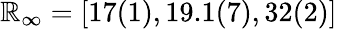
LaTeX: \mathbb{R}_{\infty}=[17(1),19.1(7),32(2)]